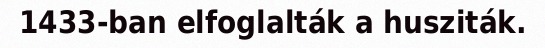
1433-ban elfoglalták a husziták.